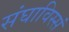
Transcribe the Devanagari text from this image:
संघाविस्सं